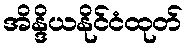
အိန္ဒိယနိုင်ငံထုတ်